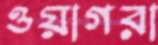
ওয়াগরা